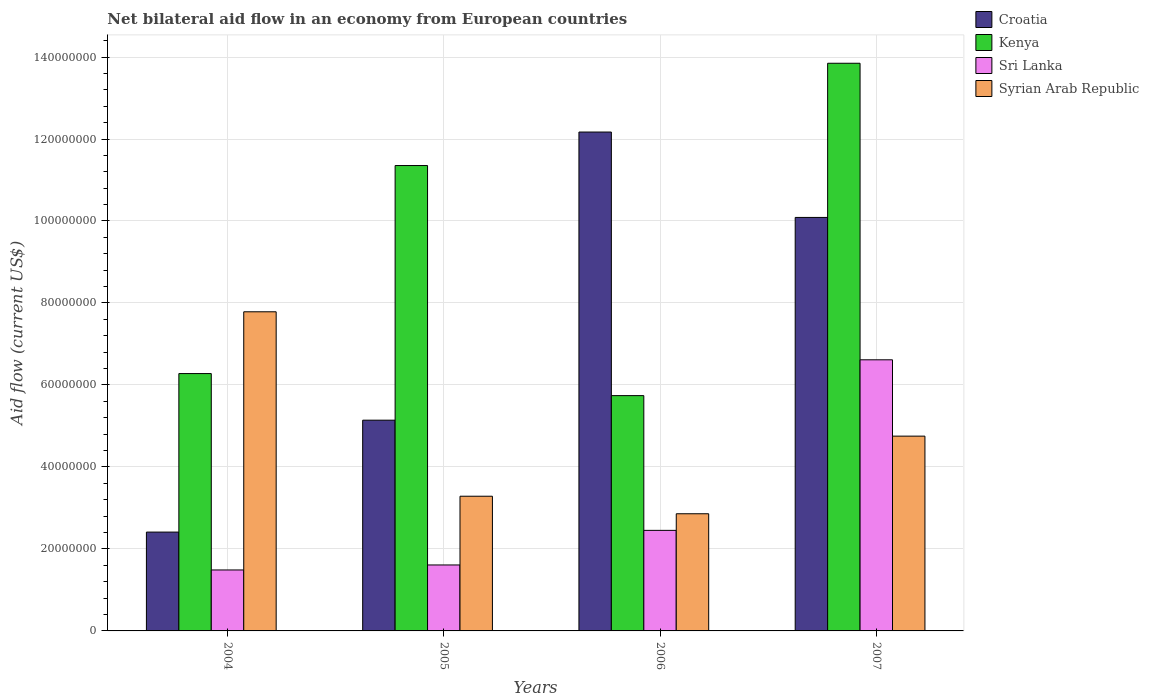
| Years | Croatia | Kenya | Sri Lanka | Syrian Arab Republic |
 | --- | --- | --- | --- | --- |
 | 2004 | 2.41e+07 | 6.28e+07 | 1.49e+07 | 7.78e+07 |
 | 2005 | 5.14e+07 | 1.14e+08 | 1.61e+07 | 3.29e+07 |
 | 2006 | 1.22e+08 | 5.74e+07 | 2.45e+07 | 2.86e+07 |
 | 2007 | 1.01e+08 | 1.38e+08 | 6.61e+07 | 4.75e+07 |